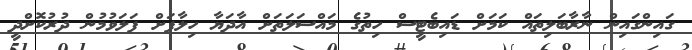
ގައިންގައިން ނާރާބަލިތައް ކަމަށް ޑައިބެޓީސް ހިތުގެ މައްސަލަތަށް އާދަޔާ ހިލާފަށް ފަލަވުމުން ދުރުކޮށްދީ